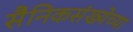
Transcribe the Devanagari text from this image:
सैनिकसंख्येच्या